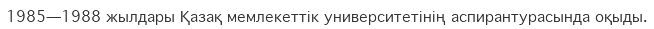
1985—1988 жылдары Қазақ мемлекеттік университетінің аспирантурасында оқыды.